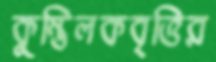
কুম্ভিলকবৃত্তির